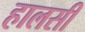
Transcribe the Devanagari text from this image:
हालसी